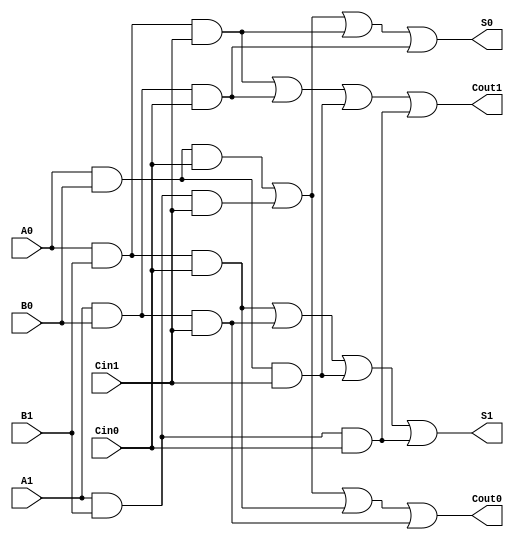
module dual_rail_full_adder (
    input wire A0, A1,  // Dual-rail inputs for A
    input wire B0, B1,  // Dual-rail inputs for B
    input wire Cin0, Cin1, // Dual-rail inputs for carry-in
    output wire S0, S1, // Dual-rail outputs for sum
    output wire Cout0, Cout1 // Dual-rail outputs for carry-out
);

    // Intermediate signals for sum and carry-out calculations
    wire sum0_part1, sum0_part2, sum0_part3, sum0_part4;
    wire sum1_part1, sum1_part2, sum1_part3, sum1_part4;

    wire cout0_part1, cout0_part2, cout0_part3, cout0_part4;
    wire cout1_part1, cout1_part2, cout1_part3, cout1_part4;

    // Sum output logic
    assign sum0_part1 = A0 & B0 & Cin0;
    assign sum0_part2 = A1 & B1 & Cin1;
    assign sum0_part3 = A0 & B1 & Cin1;
    assign sum0_part4 = A1 & B0 & Cin0;

    assign S0 = sum0_part1 | sum0_part2 | sum0_part3 | sum0_part4;

    assign sum1_part1 = A0 & B1 & Cin0;
    assign sum1_part2 = A1 & B0 & Cin1;
    assign sum1_part3 = A0 & B0 & Cin1;
    assign sum1_part4 = A1 & B1 & Cin0;

    assign S1 = sum1_part1 | sum1_part2 | sum1_part3 | sum1_part4;

    // Carry-out output logic
    assign cout0_part1 = A0 & B0 & Cin0;
    assign cout0_part2 = A1 & B1 & Cin1;
    assign cout0_part3 = A0 & B1 & Cin0;
    assign cout0_part4 = A1 & B0 & Cin1;

    assign Cout0 = cout0_part1 | cout0_part2 | cout0_part3 | cout0_part4;

    assign cout1_part1 = A0 & B1 & Cin1;
    assign cout1_part2 = A1 & B0 & Cin0;
    assign cout1_part3 = A0 & B0 & Cin1;
    assign cout1_part4 = A1 & B1 & Cin0;

    assign Cout1 = cout1_part1 | cout1_part2 | cout1_part3 | cout1_part4;

endmodule